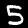
Digit: 5